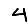
Digit: 4